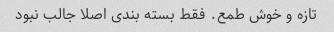
تازه و خوش طمع. فقط بسته بندی اصلا جالب نبود